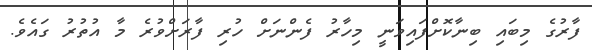
ފާރުގެ މިބައި ބިނާކޮށްފައިވަނީ މިހާރު ފެންނަށް ހުރި ފާރަށްވުރެ މާ އުތުރު ގައެވެ.